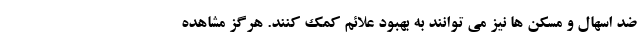
ضد اسهال و مسکن ها نیز می توانند به بهبود علائم کمک کنند. هرگز مشاهده